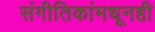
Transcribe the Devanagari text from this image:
संगीतिकांमधूनही